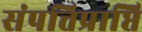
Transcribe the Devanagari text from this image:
संपत्तिप्राप्ति